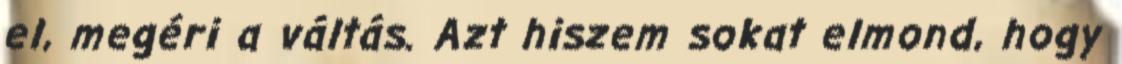
el, megéri a váltás. Azt hiszem sokat elmond, hogy